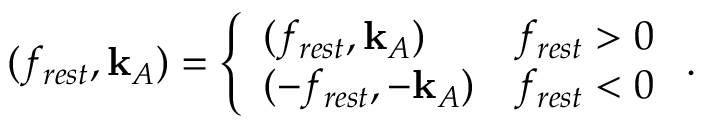
\begin{array} { r } { ( f _ { r e s t } , \mathbf { k } _ { A } ) = \left\{ \begin{array} { l l } { ( f _ { r e s t } , \mathbf { k } _ { A } ) } & { f _ { r e s t } > 0 } \\ { ( - f _ { r e s t } , - \mathbf { k } _ { A } ) } & { f _ { r e s t } < 0 } \end{array} \right. . } \end{array}